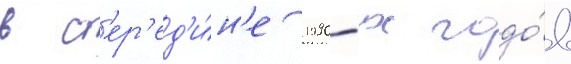
в с'ер'ед'и́н'е 1990-х годо́в